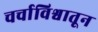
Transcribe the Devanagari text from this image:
चर्चाविश्वातून